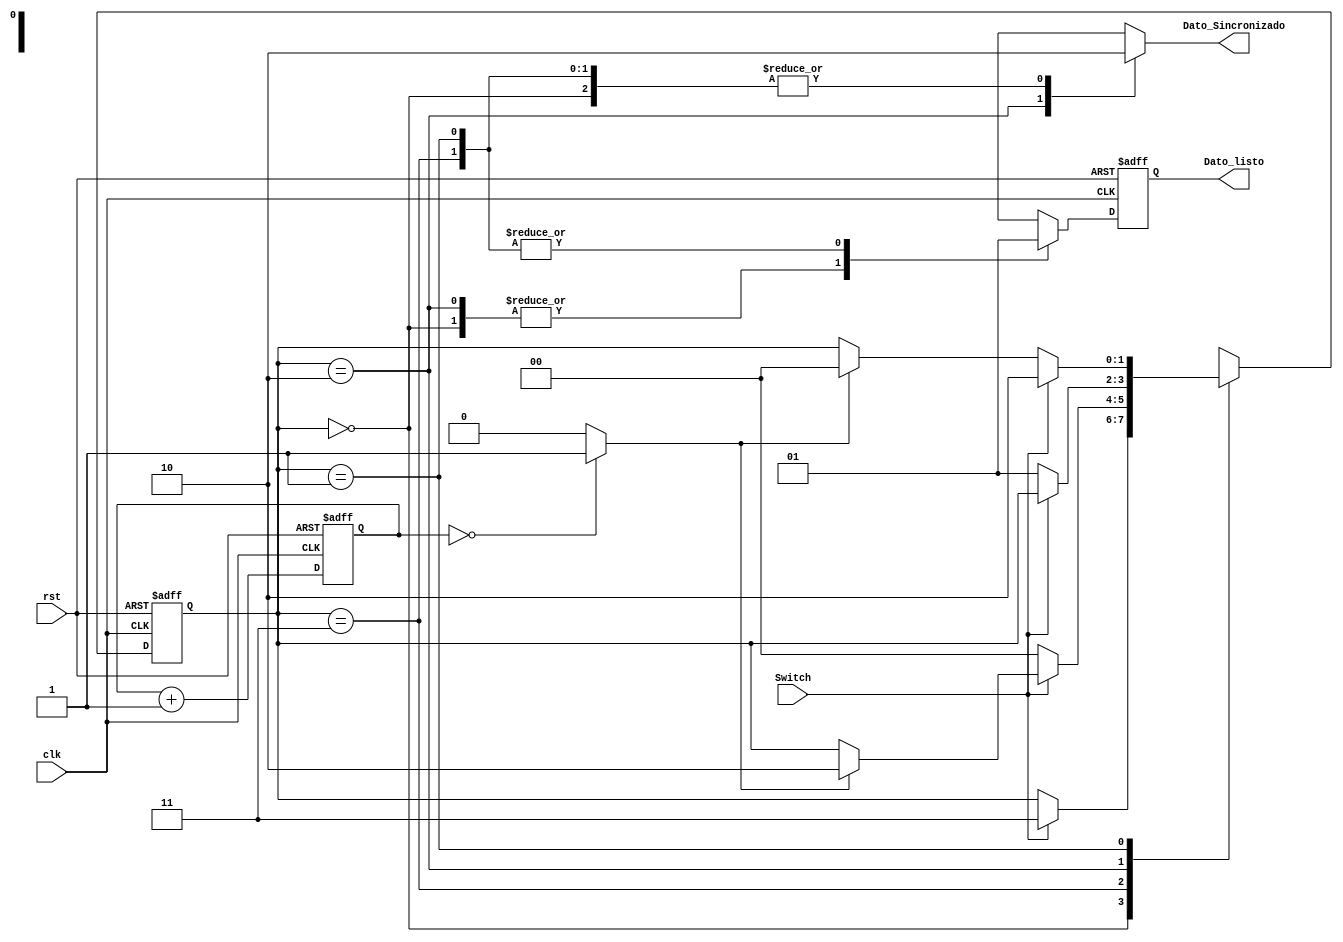
`timescale 1ns / 1ps
//////////////////////////////////////////////////////////////////////////////////
// Company: Tecnolgico de Costa Rica
// 
// Design Name: 
// Module Name:    Reg_AntiRebote 
// Project Name: 
// Target Devices: 
// Tool versions: 
// Description: 
//		ste mdulo consiste en ser el encargado de eliminar los errores producidos por el rebote de las placas metlica
//		que componen los switches. Estos rebotes crean pequeos cambios de voltaje que el mdulo de leer el cambio, los i
//		interpreta como cambios reales y voluntarios, causando resultados indeseados.
//
// Dependencies: 
//
// Revision: 
// Revision 0.01 - File Created
// Additional Comments: 
//
//////////////////////////////////////////////////////////////////////////////////

module Reg_AntiRebote(
	input wire clk, rst,	//Clock y reset
	input wire Switch,            //Seal de entrada asincronica
	output reg Dato_Sincronizado, Dato_listo //Seal sincronizada y  aviso a control
    );
	 
//declaracion simbolico de los estados
localparam [1:0]
	Cero = 2'b00,
	Espera_a_0 = 2'b01,
	Uno = 2'b10,
	Espera_a_1 = 2'b11;

//numero de conteo de bits (2^N*20ns = 40ms)
//Se espera a que se encuentre estable la seal de entrada a 40ms
localparam N=21;
   
   
//declaracion de seales
	reg [1:0] estado_actual, estado_siguiente;
	reg [N-1:0] Cuenta_actual;
	wire [N-1:0] Cuenta_siguiente;
	wire Fin_Cuenta; //Aviso de fin de cuenta de 40ms
	reg Dato_listo_siguiente; //seal auxiliar para dar aviso

assign Cuenta_siguiente = Cuenta_actual + 1'b1; //Comportamiento de la cuenta
assign Fin_Cuenta = (Cuenta_actual==0) ? 1'b1 : 1'b0; //Si la cuenta actual termina, es fin de cuenta

//Comportamiento ante los francos del clock y reset
always @ (posedge clk, posedge rst)
begin
	if (rst) 
	begin
		//Maquina de estado
		estado_actual <= Cero;
		//Aviso de dato
		Dato_listo  <= 0;
		//Cuenta
		Cuenta_actual <= 0;
	end
	else
	begin
		//Maquina de estado
		estado_actual <= estado_siguiente;
		//Aviso de dato
		Dato_listo  <= Dato_listo_siguiente;
		//Cuenta
		Cuenta_actual <= Cuenta_siguiente;
	end
end

//Comportamiento de la maquina de estados
always @*
begin
	//Casos por default
	estado_siguiente = estado_actual;
	Dato_Sincronizado = 1'b0;
	Dato_listo_siguiente = 1'b0;

//Empieza case
	case (estado_actual)
	
	Cero:
	//La salida es 0 logico, se espera a un cambio logico en la entrada
	begin
		if (Switch)
		begin
			estado_siguiente = Espera_a_1;
		end
	end
        
	Espera_a_1:
	//Se hace una cuenta de 40ms hasta que la seal de entrada se estabilice
	//Caso contrario, se regresa a Cero.
	begin
		if (~Switch)
			estado_siguiente = Cero;
		else
			if (Fin_Cuenta)
				estado_siguiente = Uno;
				//Se prepara el aviso
				Dato_listo_siguiente = 1'b1;
	end
        
	Uno:
	//La salida es 1 logico, se espera a un cambio logico en la entrada
	begin
		Dato_Sincronizado = 1'b1;
		if (~Switch)
		begin
			estado_siguiente = Espera_a_0;
		end
	end

	Espera_a_0:
	//Se hace una cuenta de 40ms hasta que la seal de entrada se estabilice
	//Caso contrario, se regresa a Uno.
	begin
		if (Switch)
			estado_siguiente = Uno;
		else
			if (Fin_Cuenta)
				estado_siguiente = Cero;
				//Se prepara el aviso
				Dato_listo_siguiente = 1'b1;
	end   
	endcase
end

endmodule